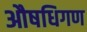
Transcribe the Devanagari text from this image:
औषधिगण